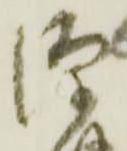
源